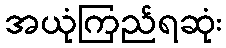
အယုံကြည်ရဆုံး